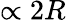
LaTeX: \propto 2R